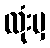
လုံးမှ